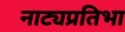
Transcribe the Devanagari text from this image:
नाट्यप्रतिभा